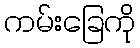
ကမ်းခြေကို